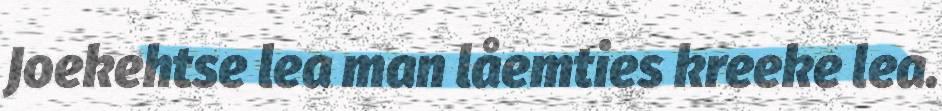
Joekehtse lea man låemties kreeke lea.